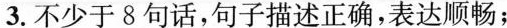
3.不少于8句话，句子描述正确，表达顺畅；